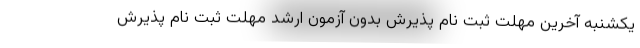
یکشنبه آخرین مهلت ثبت نام پذیرش بدون آزمون ارشد مهلت ثبت نام پذیرش